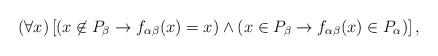
LaTeX: \begin{align*}(\forall x)\left[ (x \not\in P_{\beta} \to f_{\alpha \beta}(x) = x) \wedge (x \in P_{\beta} \to f_{\alpha \beta}(x) \in P_{\alpha})\right],\end{align*}